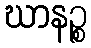
ဃာနဉ္စ